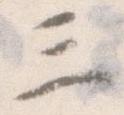
三